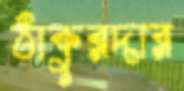
ঠাকুরদার